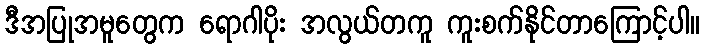
ဒီအပြုအမူတွေက ရောဂါပိုး အလွယ်တကူ ကူးစက်နိုင်တာကြောင့်ပါ။